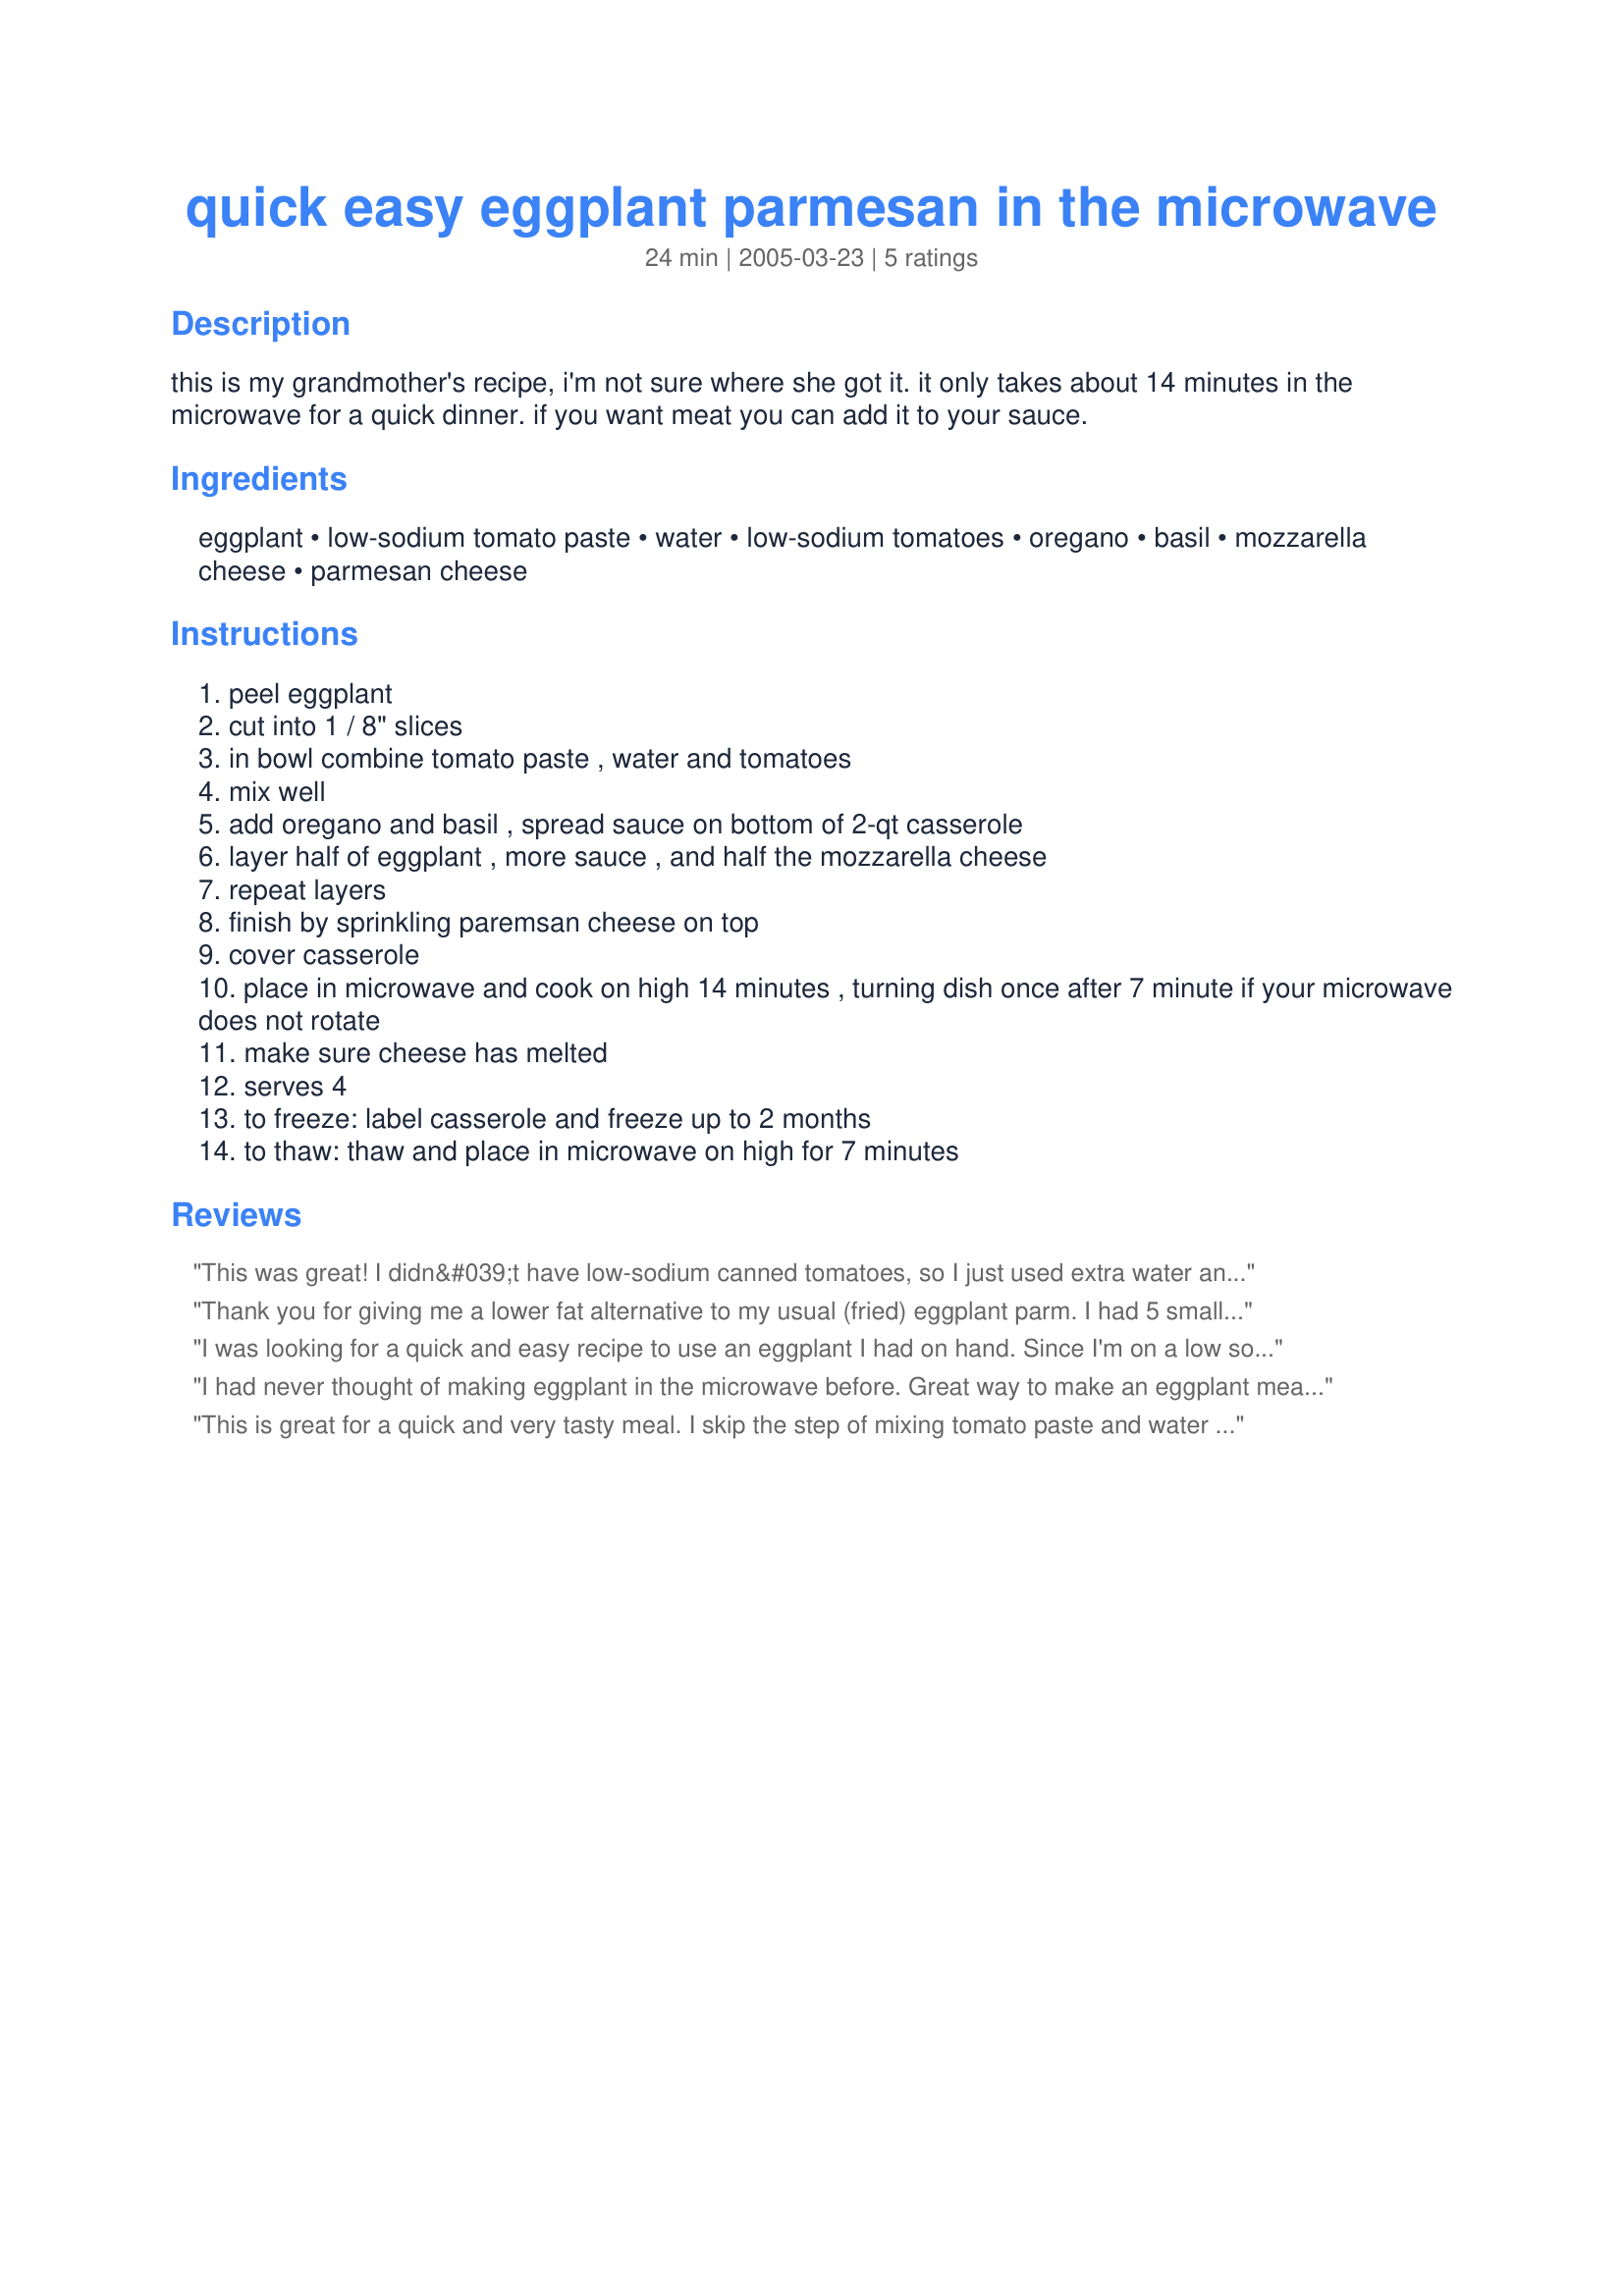
quick easy eggplant parmesan in the microwave
Preparation time: 24 minutes

this is my grandmother's recipe, i'm not sure where she got it. it only takes about 14 minutes in the microwave for a quick dinner. if you want meat you can add it to your sauce.

Ingredients:
eggplant, low-sodium tomato paste, water, low-sodium tomatoes, oregano, basil, mozzarella cheese, parmesan cheese

Steps:
peel eggplant
cut into 1 / 8" slices
in bowl combine tomato paste , water and tomatoes
mix well
add oregano and basil , spread sauce on bottom of 2-qt casserole
layer half of eggplant , more sauce , and half the mozzarella cheese
repeat layers
finish by sprinkling paremsan cheese on top
cover casserole
place in microwave and cook on high 14 minutes , turning dish once after 7 minute if your microwave does not rotate
make sure cheese has melted
serves 4
to freeze: label casserole and freeze up to 2 months
to thaw: thaw and place in microwave on high for 7 minutes

Reviews:
This was great! I didn&#039;t have low-sodium canned tomatoes, so I just used extra water and it was so flavorful, you&#039;d never know it. Cooked in the microwave perfectly, which has now got me on a kick of full-on cooking in the microwave. Usually I just use it to heat things up, but I&#039;ve since made a meatloaf and lasagna in the microwave and both came out great. So thanks for the great eggplant recipe, and thanks also for rediscovering a great time-saving cooking method that doesn&#039;t heat up the whole house!
Thank you for giving me a lower fat alternative to my usual (fried) eggplant parm. I had 5 small eggplants to use (which were great, not bitter and they had no seeds!) so I adjusted the sauce accordingly. I also added a touch of sugar & olive oil to the sauce (out of habit). Used a large 9x13 pan and I covered with saran wrap (making sure it didn't touch the eggplant, though). Came out great! Will be making the again!!
I was looking for a quick and easy recipe to use an eggplant I had on hand. Since I'm on a low sodium diet, I was delighted to find this recipe, which is easy and quick, as well as being low in sodium, and tasty! I was out of tomato paste, so substituted 2 8 ounce cans of no salt added tomato sauce for the tomato paste and water. My casserole was a little soupy, so next time I will cut back on the tomato sauce -- or use the paste and water as specified. For the mozarella cheese I used a fresh, low sodium brand. I also used grated Asiago cheese instead of Parmesan because the brand I use has more flavor and less sodium than Parmesan has. — Dec 3, 2005
I had never thought of making eggplant in the microwave before. Great way to make an eggplant meal without frying or using the oven! I added extra mozzarella cheese along with some garlic and red pepper flakes. It was great!
This is great for a quick and very tasty meal. I skip the step of mixing tomato paste and water and I use a jar of (blush) Ragu that I doctor by adding some chile peppers, garlic, basil, oregano, fennel and just a touch of cinnamon. Once I made this with swiss cheese because I was out of mozzarella and it was just as good. I top the baking dish with a sheet of parchment paper before wrapping in plastic to microwave. Thanks for sharing.
